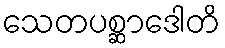
သေတပစ္ဆာဒေါတိ